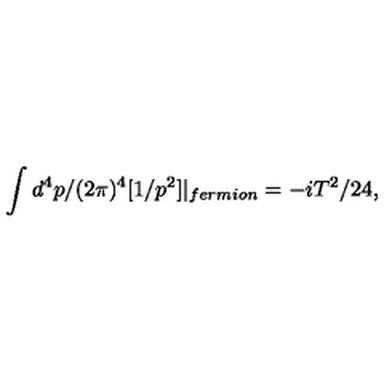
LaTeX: \int d ^ { 4 } p / ( 2 \pi ) ^ { 4 } [ 1 / p ^ { 2 } ] | _ { f e r m i o n } = - i T ^ { 2 } / 2 4 ,